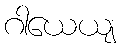
ဂါယေယျ